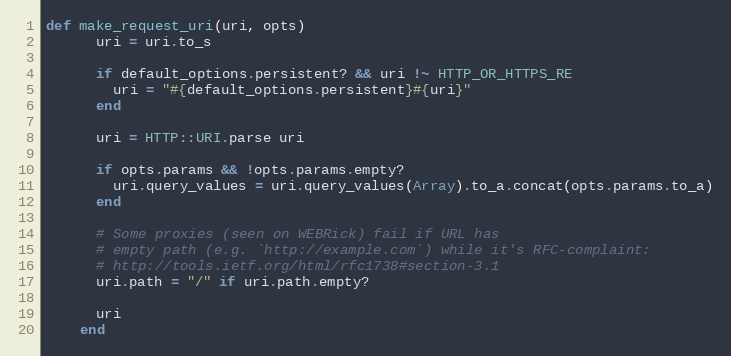
Language: Ruby
def make_request_uri(uri, opts)
      uri = uri.to_s

      if default_options.persistent? && uri !~ HTTP_OR_HTTPS_RE
        uri = "#{default_options.persistent}#{uri}"
      end

      uri = HTTP::URI.parse uri

      if opts.params && !opts.params.empty?
        uri.query_values = uri.query_values(Array).to_a.concat(opts.params.to_a)
      end

      # Some proxies (seen on WEBRick) fail if URL has
      # empty path (e.g. `http://example.com`) while it's RFC-complaint:
      # http://tools.ietf.org/html/rfc1738#section-3.1
      uri.path = "/" if uri.path.empty?

      uri
    end